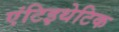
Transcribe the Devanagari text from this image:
एंटिइथेटिक